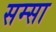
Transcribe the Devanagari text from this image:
सम्सा